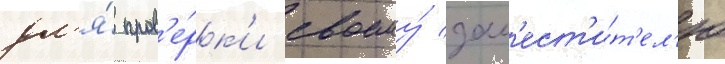
дл'я́ пров'е́рк'и своему́ зам'ест'и́т'ел'ю